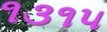
૧૩૧૫